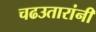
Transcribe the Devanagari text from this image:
चढउतारांनी